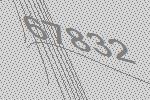
67832